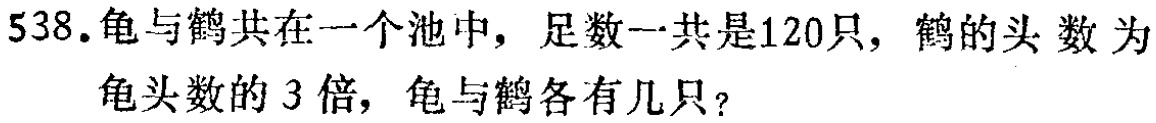
538.龟与鹤共在一个池中，足数一共是120只，鹤的头数为龟头数的3倍，龟与鹤各有几只？